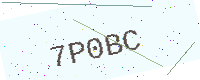
Text: 7P0BC